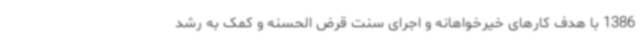
1386 با هدف کارهای خیرخواهانه و اجرای سنت قرض الحسنه و کمک به رشد